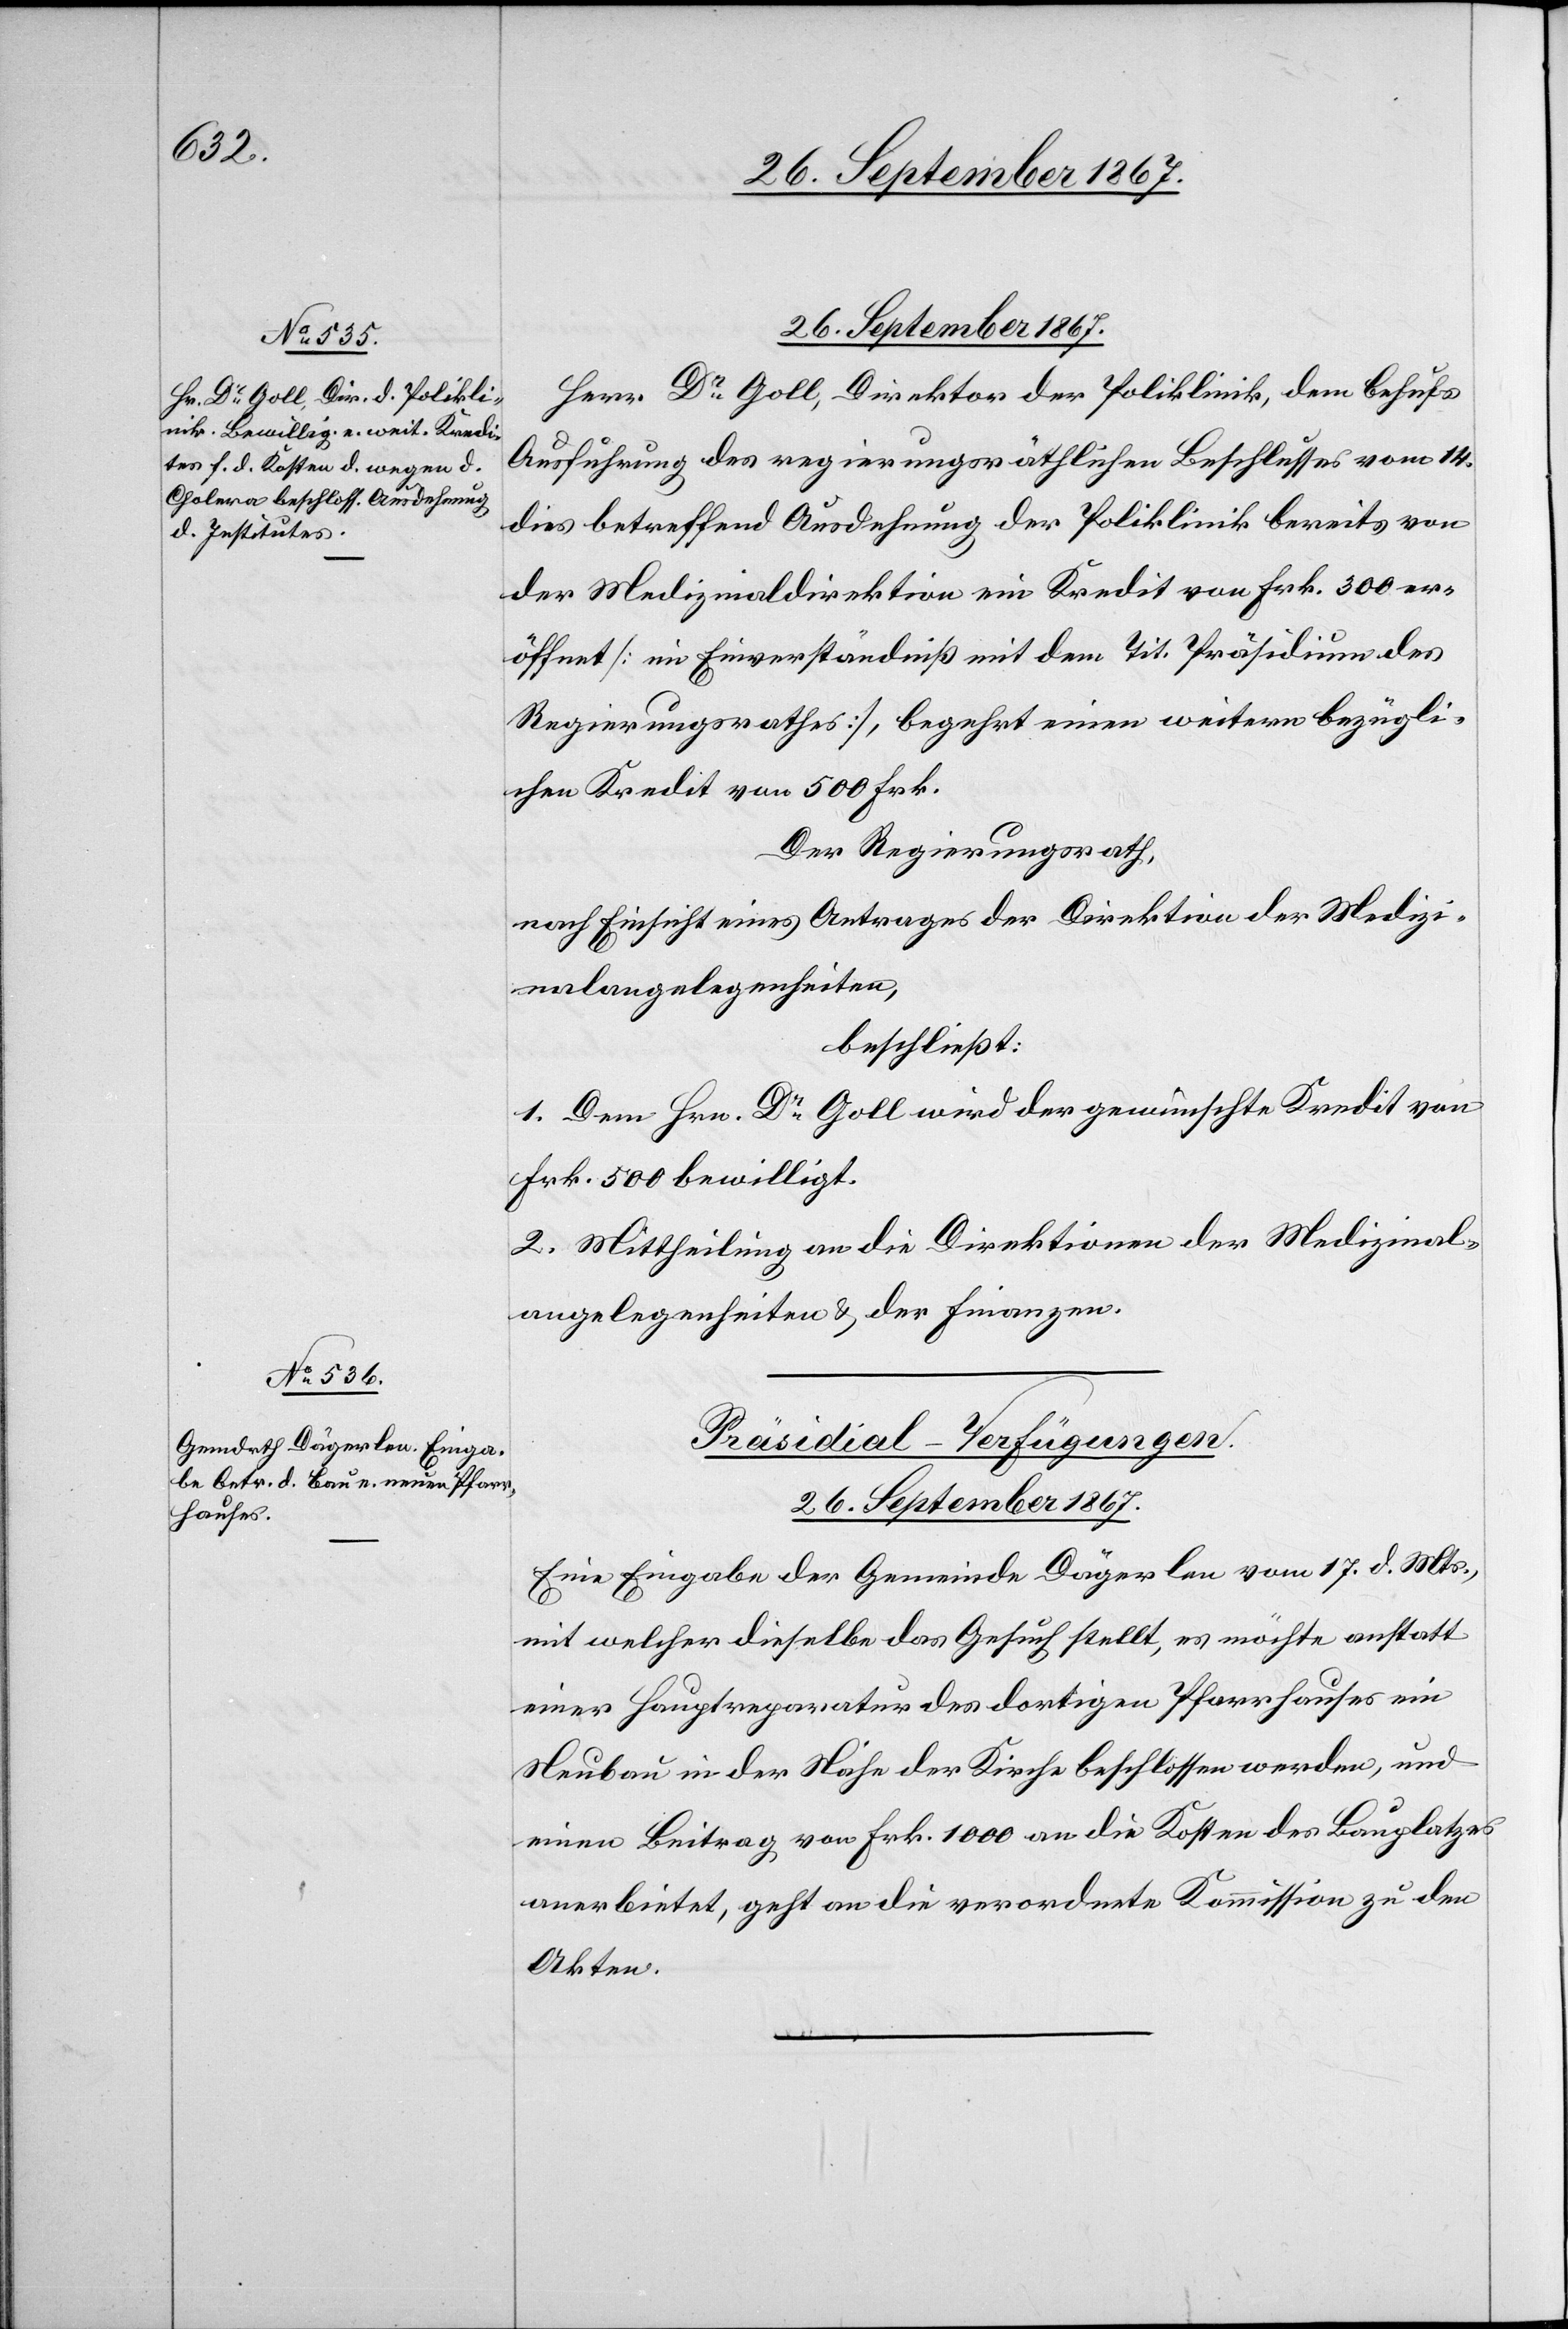
26. September 1867.
Herr Dr. Goll, Direktor der Poliklinik, dem behufs
Ausführung des regierungsräthlichen Beschlusses vom 14.
dies betreffend Ausdehnung der Poliklinik bereits von
der Medizinaldirektion ein Kredit von Frk. 300 er¬
öffnet [im Einverständniß mit dem Tit. Präsidium des
Regierungsrathes], begehrt einen weitern bezügli¬
chen Kredit von 500 Frk.
Der Regierungsrath,
nach Einsicht eines Antrages der Direktion der Medizi¬
nalangelegenheiten,
beschließt:
1. Dem Hrn. Dr. Goll wird der gewünschte Kredit von
Frk. 500 bewilligt.
2. Mittheilung an die Direktionen der Medizinal¬
angelegenheiten u. der Finanzen.
Präsidial-Verfügungen.
Eine Eingabe der Gemeinde Dägerlen vom 17. d. Mts.,
mit welcher dieselbe das Gesuch stellt, es möchte anstatt
einer Hauptreparatur des dortigen Pfarrhauses ein
Neubau in der Nähe der Kirche beschlossen werden, und
einen Beitrag von Frk. 1000 an die Kosten des Bauplatzes
anerbietet, geht an die verordnete Kommission zu den
Akten.